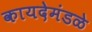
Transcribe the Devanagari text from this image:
कायदेमंडळे